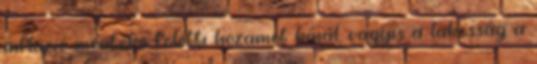
infláció mértéke fölötti hozamot kínál, vagyis a lakosság a